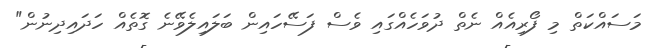
މަސައްކަތް މި ފޯރިއެއް ނެތް ދުވަހެއްގައި ވެސް ފަސޭހައިން ބަލައިލެވޭނެ ގޮތެއް ހަދައިދިނުން"